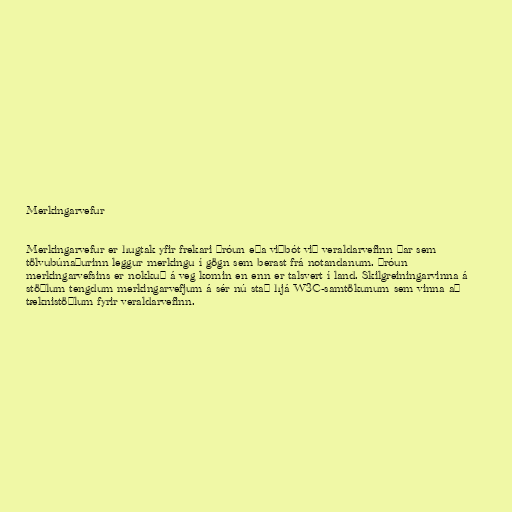
Merkingarvefur

Merkingarvefur er hugtak yfir frekari þróun eða viðbót við veraldarvefinn þar sem
tölvubúnaðurinn leggur merkingu í gögn sem berast frá notandanum. Þróun
merkingarvefsins er nokkuð á veg komin en enn er talsvert í land. Skilgreiningarvinna á
stöðlum tengdum merkingarvefjum á sér nú stað hjá W3C-samtökunum sem vinna að
tæknistöðlum fyrir veraldarvefinn.